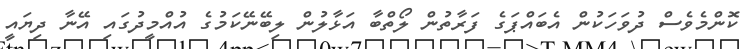
ކޮންމެވެސް ދުވަހަކުން އެބައްޕަގެ ފަރާތުން ލޯތްބާ އަޅާލުން ލިބޭނޭކަމުގެ އުއްމީދުގައި އޭނާ ދިޔައީ